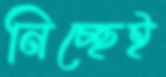
নিচ্ছেই